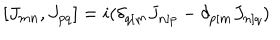
[ J _ { m n } , J _ { p q } ] = i ( \delta _ { q [ m } J _ { n ] p } - \delta _ { p [ m } J _ { n ] q } )